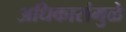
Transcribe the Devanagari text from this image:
अधिकारांमुळे